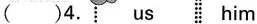
( )4. us him